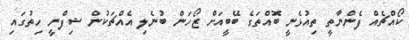
ކޯއްޗެއް ފެންނާތީ ތިއުޅެނީ ބޮއްތަގެ ބޭބީއަށް ޒޯހަން ބުނެލި އެއްޗަކުން ޝިފްނީ ހިތުގައި